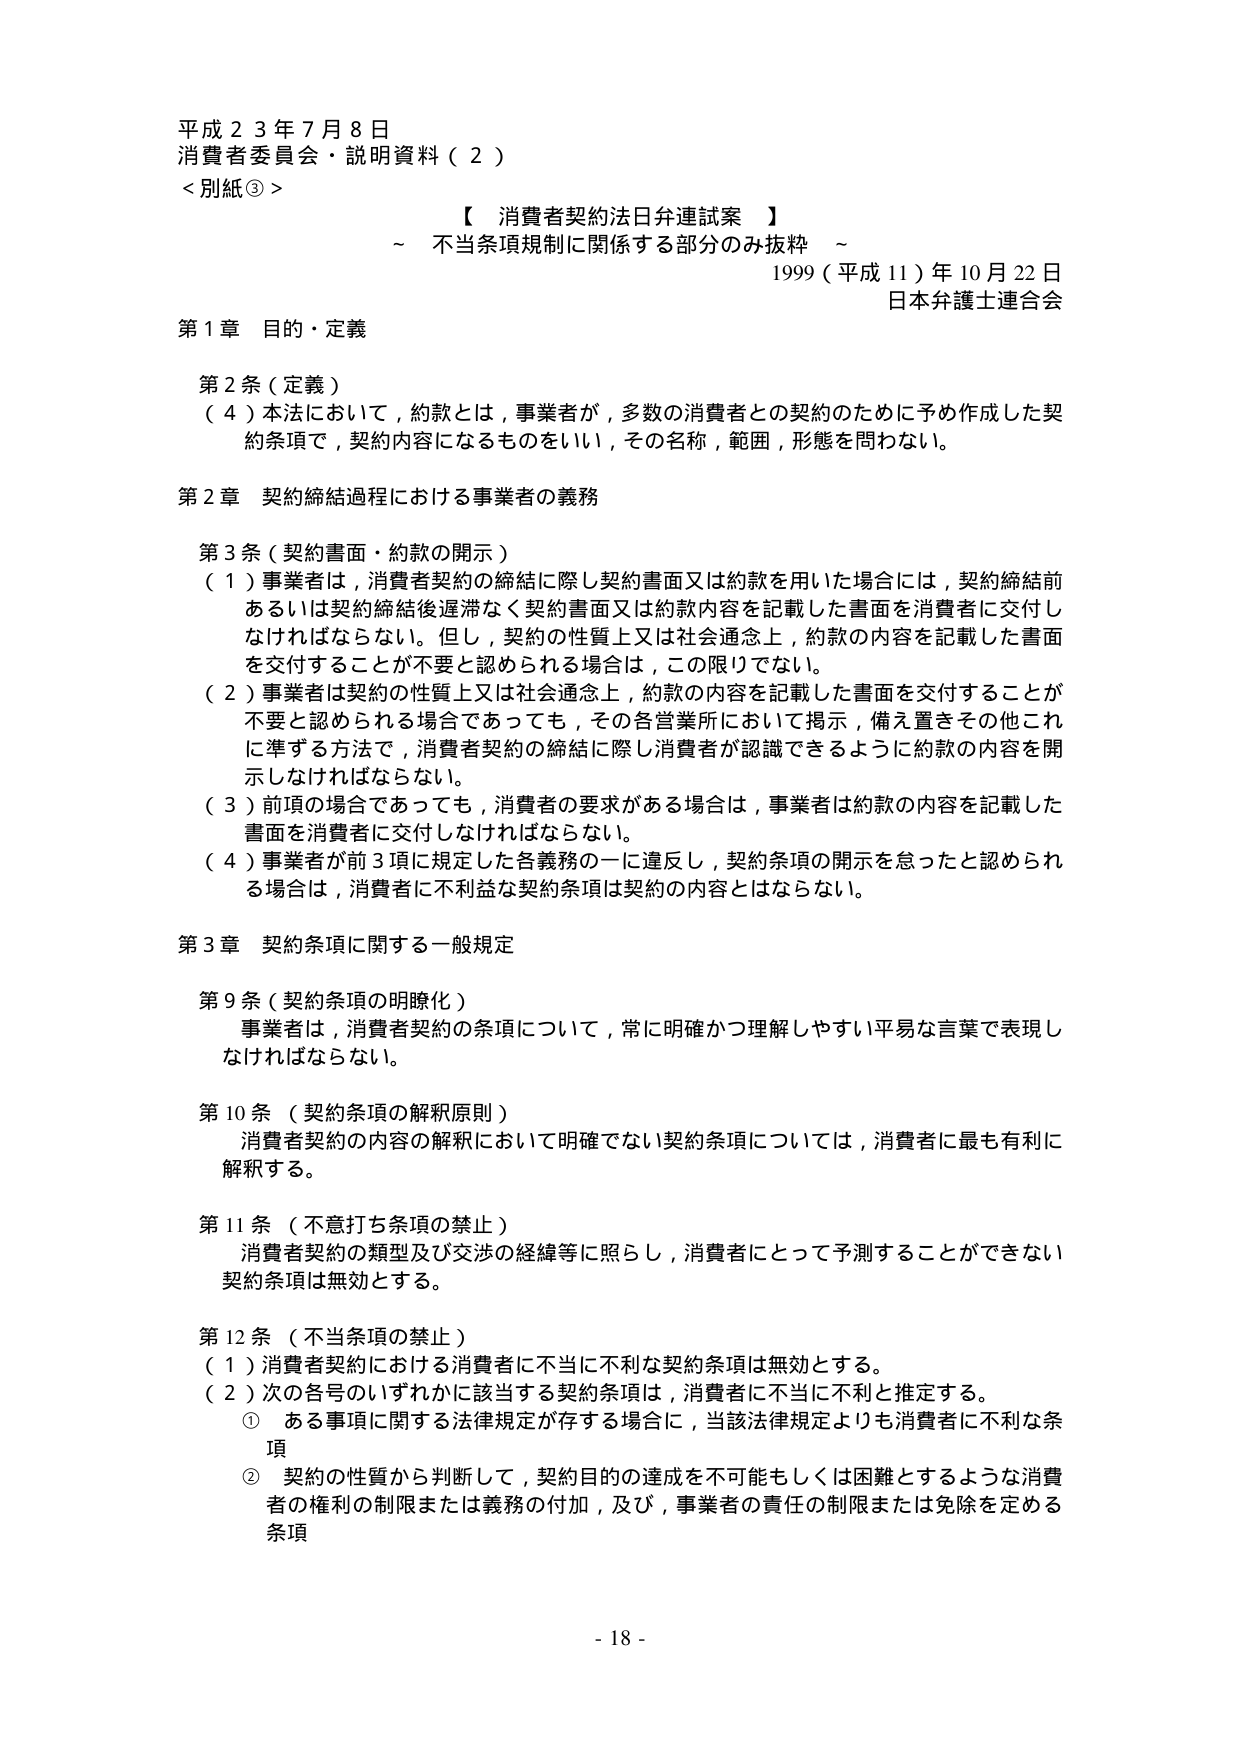
平成２３年７月８日
消費者委員会・説明資料（２）
＜別紙③＞

【 消費者契約法日弁連試案 】
～ 不当条項規制に関係する部分のみ抜粋 ～
1999（平成11）年10月22日
日本弁護士連合会

第1章 目的・定義

第2条（定義）
（4）本法において，約款とは，事業者が，多数の消費者との契約のために予め作成した契約条項で，契約内容になるものをいい，その名称，範囲，形態を問わない。

第2章 契約締結過程における事業者の義務

第3条（契約書面・約款の開示）
（1）事業者は，消費者契約の締結に際し契約書面又は約款を用いた場合には，契約締結前あるいは契約締結後遅滞なく契約書面又は約款内容を記載した書面を消費者に交付しなければならない。但し，契約の性質上又は社会通念上，約款の内容を記載した書面を交付することが不要と認められる場合は，この限りでない。
（2）事業者は契約の性質上又は社会通念上，約款の内容を記載した書面を交付することが不要と認められる場合であっても，その各営業所において掲示，備え置きその他これに準ずる方法で，消費者契約の締結に際し消費者が認識できるように約款の内容を開示しなければならない。
（3）前項の場合であっても，消費者の要求がある場合は，事業者は約款の内容を記載した書面を消費者に交付しなければならない。
（4）事業者が前3項に規定した各義務の一つに違反し，契約条項の開示を怠ったと認められる場合は，消費者に不利益な契約条項は契約の内容とはならない。

第3章 契約条項に関する一般規定

第9条（契約条項の明瞭化）
事業者は，消費者契約の条項について，常に明確かつ理解しやすい平易な言葉で表現しなければならない。

第10条（契約条項の解釈原則）
消費者契約の内容の解釈において明確でない契約条項については，消費者に最も有利に解釈する。

第11条（不意打ち条項の禁止）
消費者契約の類型及び交渉の経緯等に照らし，消費者にとって予測することができない契約条項は無効とする。

第12条（不当条項の禁止）
（1）消費者契約における消費者に不当に不利な契約条項は無効とする。
（2）次の各号のいずれかに該当する契約条項は，消費者に不当に不利と推定する。
　① ある事項に関する法律規定が存する場合に，当該法律規定よりも消費者に不利な条項
　② 契約の性質から判断して，契約目的の達成を不可能もしくは困難とするような消費者の権利の制限または義務の付加，及び，事業者の責任の制限または免除を定める条項

- 18 -